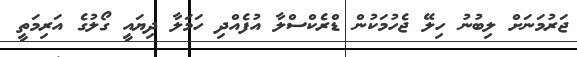
ޖަރުމަނަށް ލިބުނު ހިލޭ ޖެހުމަކުން ޑްރެކްސްލާ އުފެއްދި ހަމަލާ ދިޔައީ ގޯލުގެ އަރިމަތީ